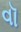
વૉ